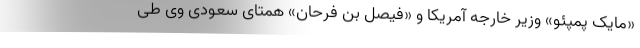
«مایک پمپئو» وزیر خارجه آمریکا و «فیصل بن فرحان» همتای سعودی وی طی